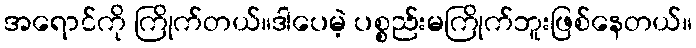
အရောင်ကို ကြိုက်တယ်။ဒါပေမဲ့ ပစ္စည်းမကြိုက်ဘူးဖြစ်နေတယ်။